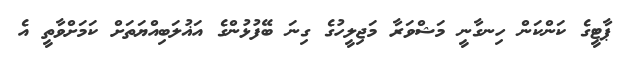
ޕާޓީގެ ކަންކަން ހިނގާނީ މަޝްވަރާ މަޖިލީހުގެ ގިނަ ބޭފުޅުންގެ އަޣުލަބިއްޔަތަށް ކަމަށްވާތީ އެ